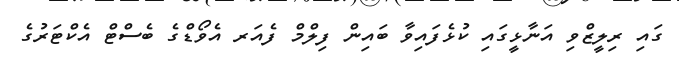
ގައި ރިލީޒްވި އަނާޅީގައި ކުޅެފައިވާ ބައިން ފިލްމް ފެއަރ އެވޯޑްގެ ބެސްޓް އެކްޓަރުގެ